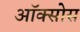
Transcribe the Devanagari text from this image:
ऑक्सोस